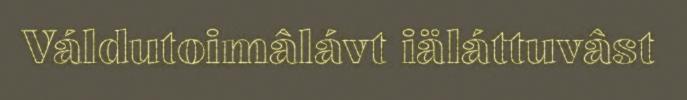
Váldutoimâlávt iäláttuvâst